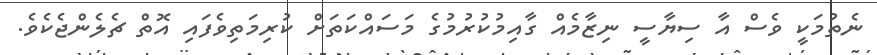
ނެތުމަކީ ވެސް އާ ސިޔާސީ ނިޒާމެއް ގާއިމުކުރުމުގެ މަސައްކަތަށް ކުރިމަތިވެފައި އޮތް ޗެލެންޖެކެވެ.